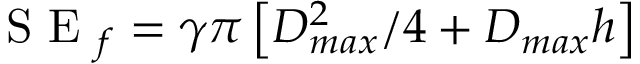
\mathrm { ~ S ~ E ~ } _ { f } = \gamma \pi \left[ D _ { m a x } ^ { 2 } / 4 + D _ { m a x } h \right]